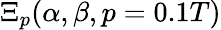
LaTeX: \Xi_{p}(\alpha,\beta,p=0.1T)